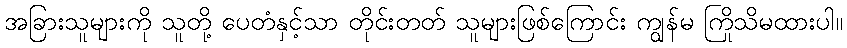
အခြားသူများကို သူတို့ ပေတံနှင့်သာ တိုင်းတတ် သူများဖြစ်ကြောင်း ကျွန်မ ကြိုသိမထားပါ။